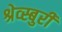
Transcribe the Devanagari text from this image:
श्रेव्स्बुरी